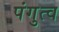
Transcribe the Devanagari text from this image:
पंगुत्व